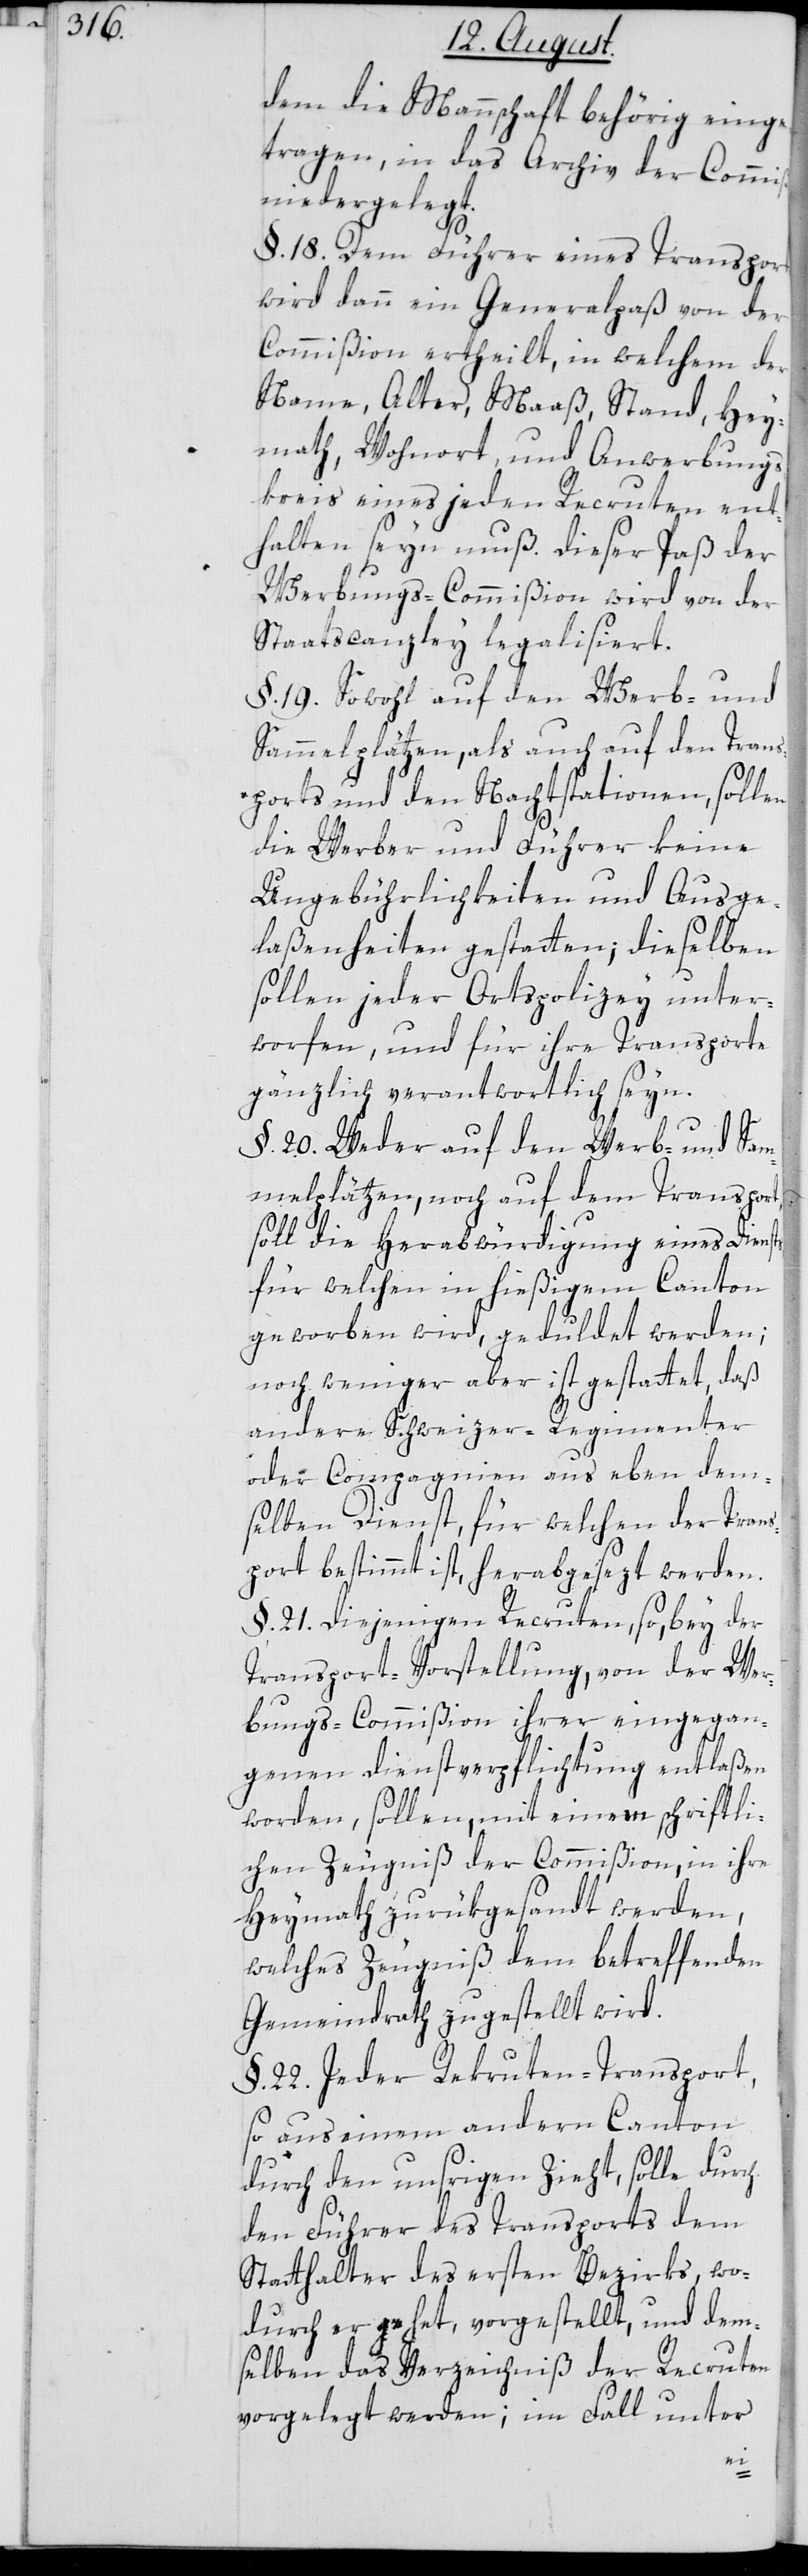
ion

dem die Mannschaft behörig einge¬
tragen, in das Archiv der Commiß¬
niedergelegt.
§. 18. Dem Führer eines Transports
wird dann ein Generalpaß von der
Commißion ertheilt, in welchem der
Name, Alter, Maaß, Stand, Hey¬
math, Wohnort, und Anwerbungs¬
kreis eines jeden Recruten ent¬
halten seyn muß. Dieser Paß der
Werbungs-Commißion wird von der
Staatscanzley legalisiert.
§. 19. Sowohl auf den Werb- und
Sammelplätzen, als auch auf den Trans¬
ports und den Nachtstationen, sollen
die Werber und Führer keine
Ungebührlichkeiten und Ausge¬
laßenheiten gestatten; dieselben
sollen jeder Ortspolizey unter¬
worfen, und für ihre Transporte
gänzlich verantwortlich seyn.
§. 20. Weder auf den Werb- und Sam¬
melplätzen, noch auf dem Transport,
soll die Herabwürdigung eines Diensts,
für welchen in hießigem Canton
geworben wird, geduldet werden;
noch weniger aber ist gestattet, daß
andere Schweizer-Regimenter
oder Compagnien aus eben dem¬
selben Dienst, für welchen der Trans¬
port bestimmt ist, herabgesezt werden.
§ 21 Diejenigen Recruten, so, bey der
Transport-Vorstellung, von der Wer¬
bungs-Commißion ihrer eingegan¬
genen dienstverpflichtung entlaßen
worden, sollen, mit einem schriftli¬
chen Zeugniß der Commißion, in ihre
Heymath zurükgesandt werden,
welches Zeugniß dem betreffenden
Gemeindrath zugestellt wird.
§. 22. Jeder Recruten-Transport,
so aus einem anderen Canton
durch den unsrigen Zieht, solle durch
den Führer des Transports dem
Statthalter des ersten Bezirks, wo¬
durch er gehet, vorgestellt, und dem¬
selben das Verzeichniß der Recruten
vorgelegt werden; im Fall unter